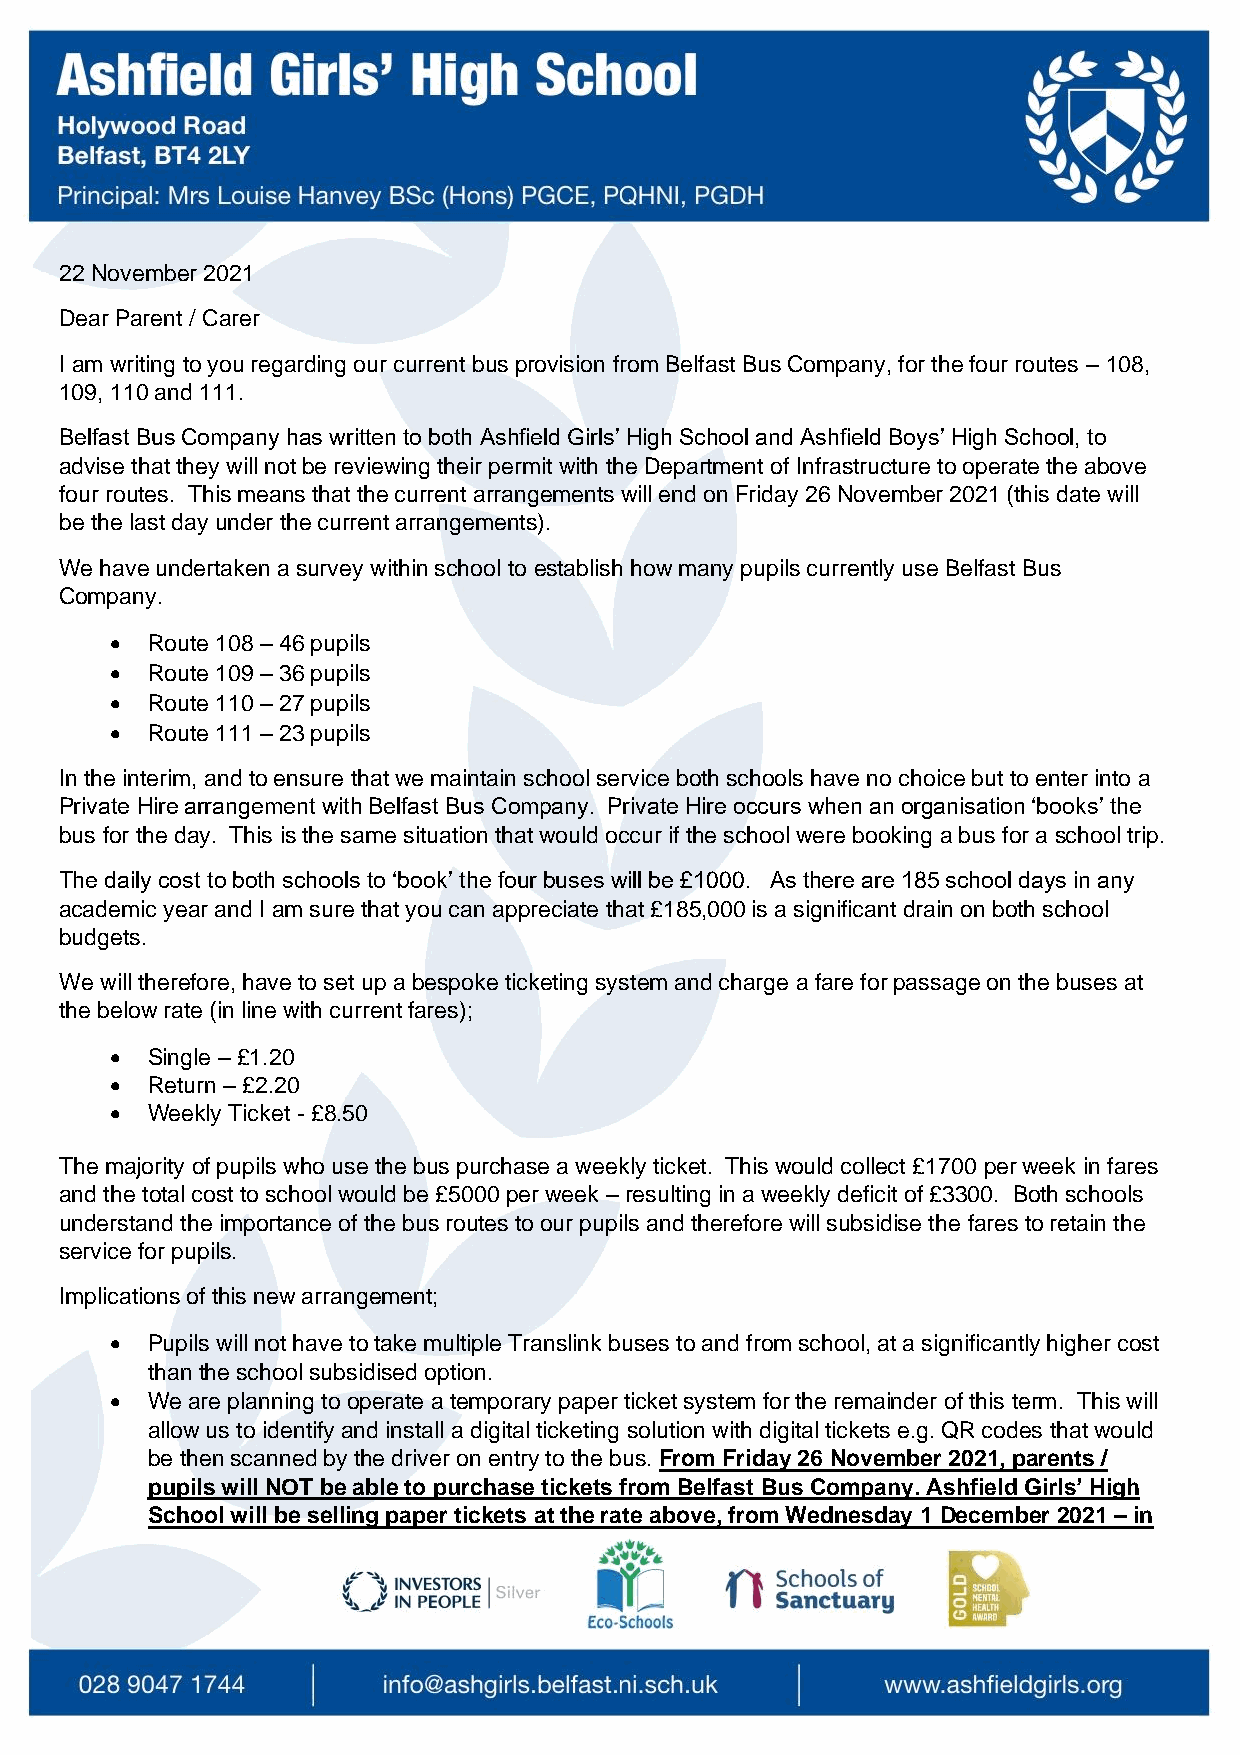
22 November 2021
 Dear Parent / Carer
 I am writing to you regarding our current bus provision from Belfast Bus Company, for the four routes – 108,
 109, 110 and 111.
 Belfast Bus Company has written to both Ashfield Girls’ High School and Ashfield Boys’ High School, to
 advise that they will not be reviewing their permit with the Department of Infrastructure to operate the above
 four routes. This means that the current arrangements will end on Friday 26 November 2021 (this date will
 be the last day under the current arrangements).
 We have undertaken a survey within school to establish how many pupils currently use Belfast Bus
 Company.
 •  Route 108 – 46 pupils
 •  Route 109 – 36 pupils
 •  Route 110 – 27 pupils
 •  Route 111 – 23 pupils
 In the interim, and to ensure that we maintain school service both schools have no choice but to enter into a
 Private Hire arrangement with Belfast Bus Company. Private Hire occurs when an organisation ‘books’ the
 bus for the day. This is the same situation that would occur if the school were booking a bus for a school trip.
 The daily cost to both schools to ‘book’ the four buses will be £1000. As there are 185 school days in any
 academic year and I am sure that you can appreciate that £185,000 is a significant drain on both school
 budgets.
 We will therefore, have to set up a bespoke ticketing system and charge a fare for passage on the buses at
 the below rate (in line with current fares);
 •  Single – £1.20
 •  Return – £2.20
 •  Weekly Ticket - £8.50
 The majority of pupils who use the bus purchase a weekly ticket. This would collect £1700 per week in fares
 and the total cost to school would be £5000 per week – resulting in a weekly deficit of £3300. Both schools
 understand the importance of the bus routes to our pupils and therefore will subsidise the fares to retain the
 service for pupils.
 Implications of this new arrangement;
 •  Pupils will not have to take multiple Translink buses to and from school, at a significantly higher cost
 than the school subsidised option.
 •  We are planning to operate a temporary paper ticket system for the remainder of this term. This will
 allow us to identify and install a digital ticketing solution with digital tickets e.g. QR codes that would
 be then scanned by the driver on entry to the bus. From Friday 26 November 2021, parents /
 pupils will NOT be able to purchase tickets from Belfast Bus Company. Ashfield Girls’ High
 School will be selling paper tickets at the rate above, from Wednesday 1 December 2021 – in